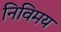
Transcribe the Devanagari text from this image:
निविमय